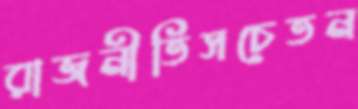
রাজনীতিসচেতন